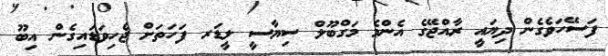
ފަސޭހަވެގެން ދިޔައީ ރާއްޖޭގެ އެންމެ މަގްބޫލް ސިޔާސީ ލީޑަރ ފަހަތަށް ޖެހިވަޑައިގެން އިބޫ